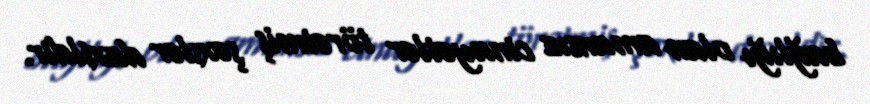
bağlığı olan amansız cinayətlər törətmiş şəxslər daxildir.